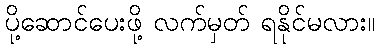
ပို့ဆောင်ပေးဖို့ လက်မှတ် ရနိုင်မလား။